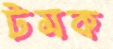
টমক